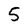
Character: 5